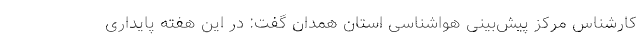
کارشناس مرکز پیش‌بینی هواشناسی استان همدان گفت: در این هفته پایداری